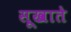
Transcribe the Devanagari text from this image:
सूखाते